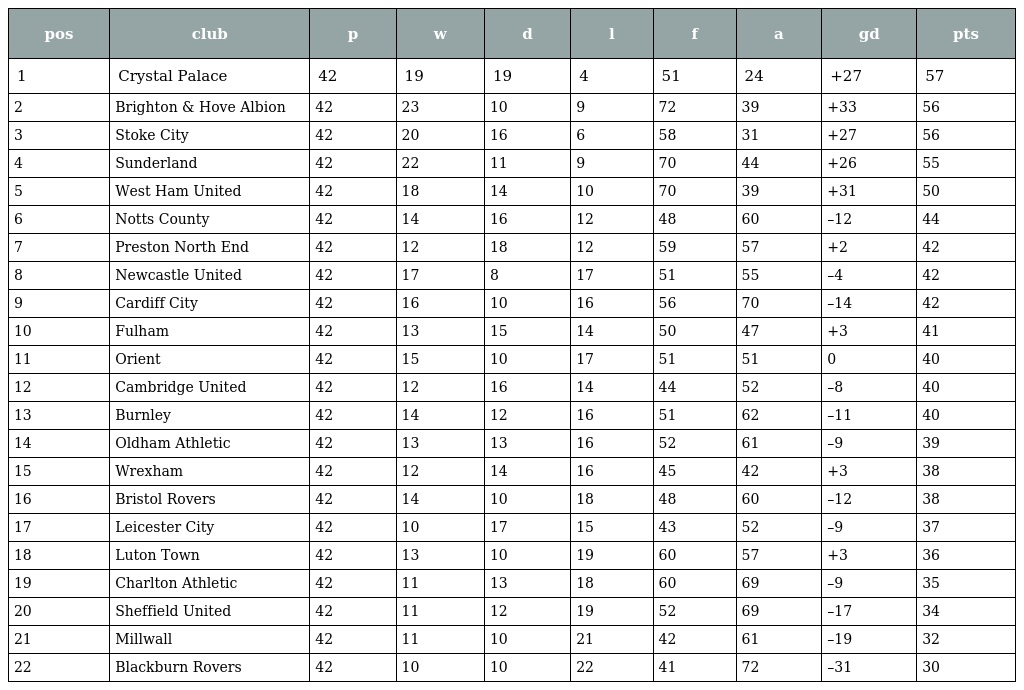
| pos | club | p | w | d | l | f | a | gd | pts |
 | --- | --- | --- | --- | --- | --- | --- | --- | --- | --- |
 | 1 | Crystal Palace | 42 | 19 | 19 | 4 | 51 | 24 | +27 | 57 |
 | 2 | Brighton & Hove Albion | 42 | 23 | 10 | 9 | 72 | 39 | +33 | 56 |
 | 3 | Stoke City | 42 | 20 | 16 | 6 | 58 | 31 | +27 | 56 |
 | 4 | Sunderland | 42 | 22 | 11 | 9 | 70 | 44 | +26 | 55 |
 | 5 | West Ham United | 42 | 18 | 14 | 10 | 70 | 39 | +31 | 50 |
 | 6 | Notts County | 42 | 14 | 16 | 12 | 48 | 60 | –12 | 44 |
 | 7 | Preston North End | 42 | 12 | 18 | 12 | 59 | 57 | +2 | 42 |
 | 8 | Newcastle United | 42 | 17 | 8 | 17 | 51 | 55 | –4 | 42 |
 | 9 | Cardiff City | 42 | 16 | 10 | 16 | 56 | 70 | –14 | 42 |
 | 10 | Fulham | 42 | 13 | 15 | 14 | 50 | 47 | +3 | 41 |
 | 11 | Orient | 42 | 15 | 10 | 17 | 51 | 51 | 0 | 40 |
 | 12 | Cambridge United | 42 | 12 | 16 | 14 | 44 | 52 | –8 | 40 |
 | 13 | Burnley | 42 | 14 | 12 | 16 | 51 | 62 | –11 | 40 |
 | 14 | Oldham Athletic | 42 | 13 | 13 | 16 | 52 | 61 | –9 | 39 |
 | 15 | Wrexham | 42 | 12 | 14 | 16 | 45 | 42 | +3 | 38 |
 | 16 | Bristol Rovers | 42 | 14 | 10 | 18 | 48 | 60 | –12 | 38 |
 | 17 | Leicester City | 42 | 10 | 17 | 15 | 43 | 52 | –9 | 37 |
 | 18 | Luton Town | 42 | 13 | 10 | 19 | 60 | 57 | +3 | 36 |
 | 19 | Charlton Athletic | 42 | 11 | 13 | 18 | 60 | 69 | –9 | 35 |
 | 20 | Sheffield United | 42 | 11 | 12 | 19 | 52 | 69 | –17 | 34 |
 | 21 | Millwall | 42 | 11 | 10 | 21 | 42 | 61 | –19 | 32 |
 | 22 | Blackburn Rovers | 42 | 10 | 10 | 22 | 41 | 72 | –31 | 30 |